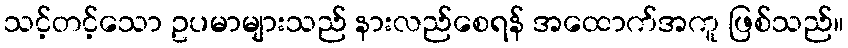
သင့်တင့်သော ဥပမာများသည် နားလည်စေရန် အထောက်အကူ ဖြစ်သည်။